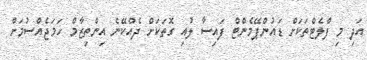
އަދި މި ފްލެޓްތަކަށް ޑައުންޕޭމެންޓް ފައިސާ ލުއި ގޮތަކަށް ދެއްކޭނެ އިންތިޒާމް ހަމަޖެއްސުމަށް